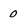
Character: 0